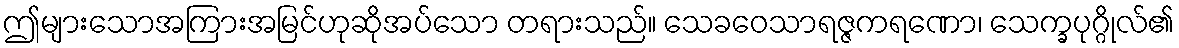
ဤများသောအကြားအမြင်ဟုဆိုအပ်သော တရားသည်။ သေခဝေသာရဇ္ဇကရဏော၊ သေက္ခပုဂ္ဂိုလ်၏